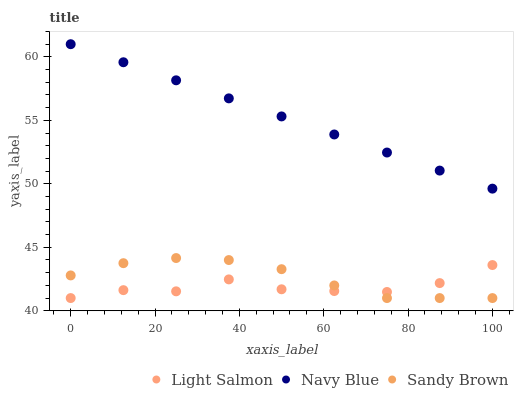
| xaxis_label | Light Salmon | Navy Blue | Sandy Brown |
 | --- | --- | --- | --- |
 | 0 | 41 | 61 | 42.8 |
 | 12.5 | 41.6 | 59.6 | 43.7 |
 | 25 | 41.5 | 58.2 | 44.2 |
 | 37.5 | 42.5 | 56.7 | 44 |
 | 50 | 41.7 | 55.3 | 43.3 |
 | 62.5 | 41.6 | 53.9 | 42 |
 | 75 | 41.5 | 52.5 | 41 |
 | 87.5 | 42.2 | 51 | 41 |
 | 100 | 43.6 | 49.6 | 41 |